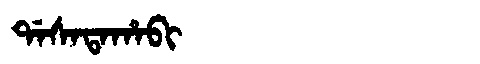
Manchu: ᡩᠠᠰᠠᡨᠠᡥᠠᠪᡳ
Romanization: DASATAHABI